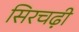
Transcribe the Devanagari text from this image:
सिरचढ़ी